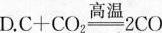
D.C+CO_{2}\xlongequal [ ] { 高温}2CO